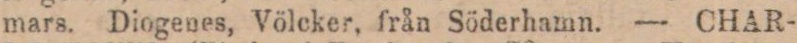
mars. Diogenes, Völcker, från Söderhamn. — CHAR-